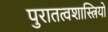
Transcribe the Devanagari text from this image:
पुरातत्‍वशास्त्रियों